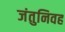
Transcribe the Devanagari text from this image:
जंतुनिवह